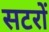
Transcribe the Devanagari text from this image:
सटरों